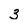
Character: 3